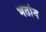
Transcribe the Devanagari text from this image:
भर्ताव